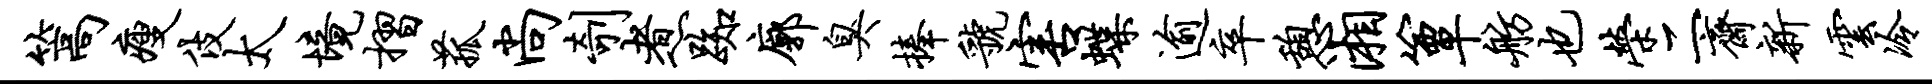
篙瘦伎太境摺菰尚剞煮踟廓臭捧虢害蝶逾卒憩湘簟舫也荣二斋新云冷